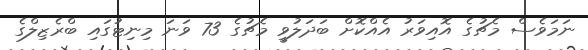
ނަމަވެސް މެޗުގެ އޮއިވަރު އެއްކޮށް ބަދަލުވީ މެޗުގެ 73 ވަނަ މިނިޓުގައި ބްރެޒިލްގެ